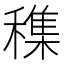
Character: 穕